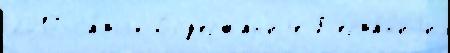
2017 са́мых Сод'ержа́н'иjе Г'ерма́н'иjи